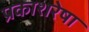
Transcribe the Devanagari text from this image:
प्रकाशरेषा